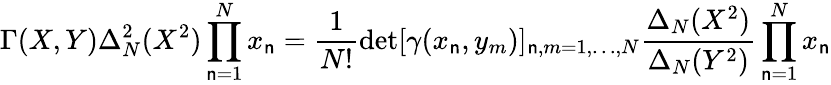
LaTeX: \Gamma(X,Y)\Delta_{N}^{2}(X^{2})\prod_{\mathsf{n}=1}^{N}x_{\mathsf{n}}=\frac{{1}}{{N!}}\operatorname*{det}[\gamma(x_{\mathsf{n}},y_{m})]_{\mathsf{n},m=1,\ldots,N}\frac{{\Delta_{N}(X^{2})}}{{\Delta_{N}(Y^{2})}}\prod_{\mathsf{n}=1}^{N}x_{\mathsf{n}}